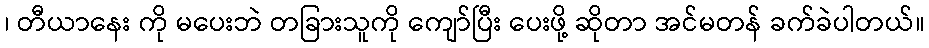
၊ တီယာနေး ကို မပေးဘဲ တခြားသူကို ကျော်ပြီး ပေးဖို့ ဆိုတာ အင်မတန် ခက်ခဲပါတယ်။